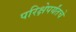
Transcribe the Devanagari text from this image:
परिक्षेपर्यंतचे